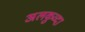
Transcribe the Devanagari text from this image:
अलकुव्दा